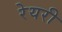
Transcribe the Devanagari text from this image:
रेयरी